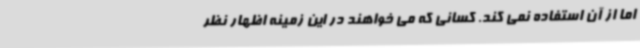
اما از آن استفاده نمی کند. کسانی که می خواهند در این زمینه اظهار نظر